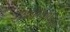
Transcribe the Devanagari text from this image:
दशलक्षांपेक्षा